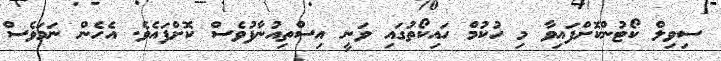
ސިވިލް ކޯޓުންކޮށްފައިވާ މި ހުކުމް ހައިކޯތުގައި ވަނީ އިސްތިއުނާފުވެސް ކޮށްފައެވެ. އެހެން ނަމަވެސް